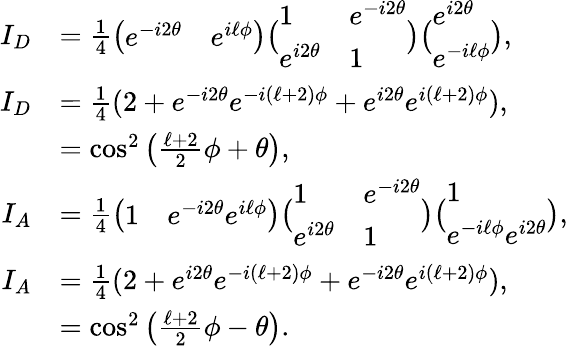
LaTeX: \begin{array}{rl}{I_{D}}&{=\frac{1}{4}\big(\begin{array}{ll}{e^{-i2\theta}}&{e^{i\ell\phi}}\end{array}\big)\big(\begin{array}{ll}{1}&{e^{-i2\theta}}\\ {e^{i2\theta}}&{1}\end{array}\big)\big(\begin{array}{l}{e^{i2\theta}}\\ {e^{-i\ell\phi}}\end{array}\big),}\\ {I_{D}}&{=\frac{1}{4}(2+e^{-i2\theta}e^{-i(\ell+2)\phi}+e^{i2\theta}e^{i(\ell+2)\phi}),}\\ &{=\cos^{2}\left(\frac{\ell+2}{2}\phi+\theta\right),\ }\\ {I_{A}}&{=\frac{1}{4}\big(\begin{array}{ll}{1}&{e^{-i2\theta}e^{i\ell\phi}}\end{array}\big)\big(\begin{array}{ll}{1}&{e^{-i2\theta}}\\ {e^{i2\theta}}&{1}\end{array}\big)\big(\begin{array}{l}{1}\\ {e^{-i\ell\phi}e^{i2\theta}}\end{array}\big),}\\ {I_{A}}&{=\frac{1}{4}(2+e^{i2\theta}e^{-i(\ell+2)\phi}+e^{-i2\theta}e^{i(\ell+2)\phi}),}\\ &{=\cos^{2}\left(\frac{\ell+2}{2}\phi-\theta\right).}\end{array}